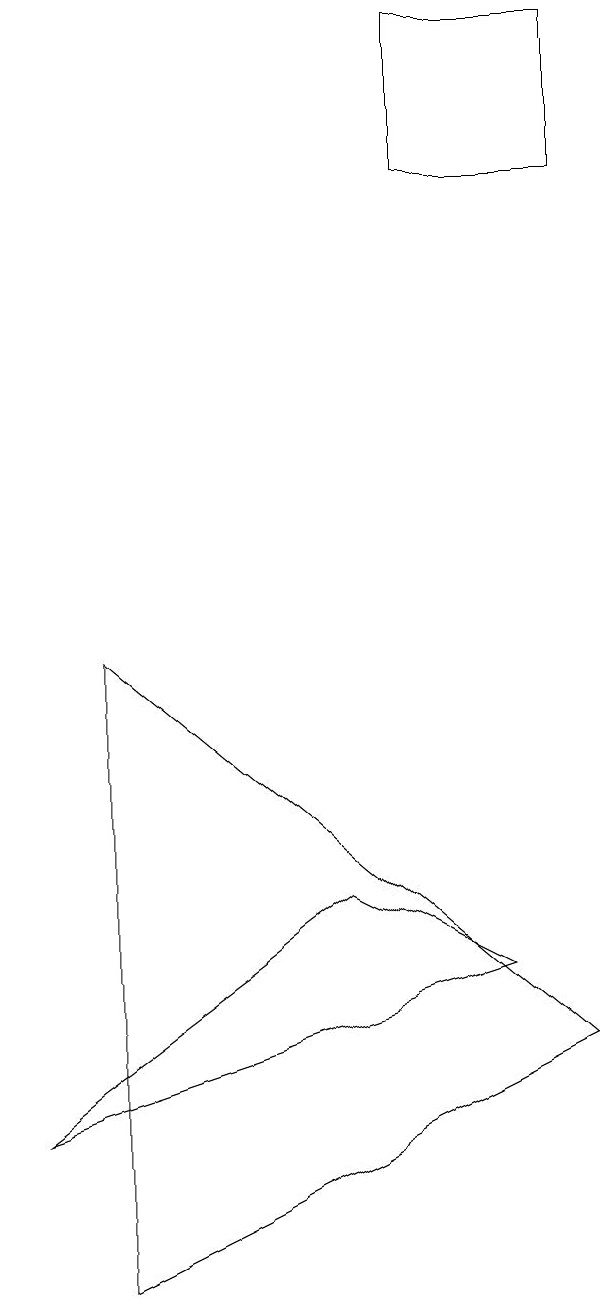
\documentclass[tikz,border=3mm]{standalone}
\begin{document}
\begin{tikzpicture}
\draw (9,17) rectangle (7,15);
\draw (3,9) -- (3,1) -- (9,4) -- cycle;
\draw (8,5) -- (2,3) -- (6,6) -- cycle;
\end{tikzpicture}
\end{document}